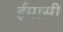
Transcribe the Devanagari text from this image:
ईमासी